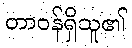
တာဝန်ရှိသူ၏